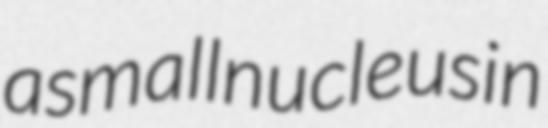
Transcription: a small nucleus in